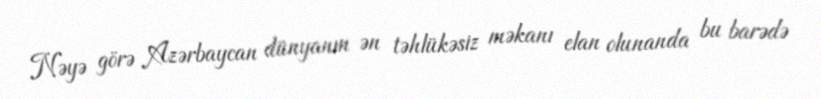
Nəyə görə Azərbaycan dünyanın ən təhlükəsiz məkanı elan olunanda bu barədə